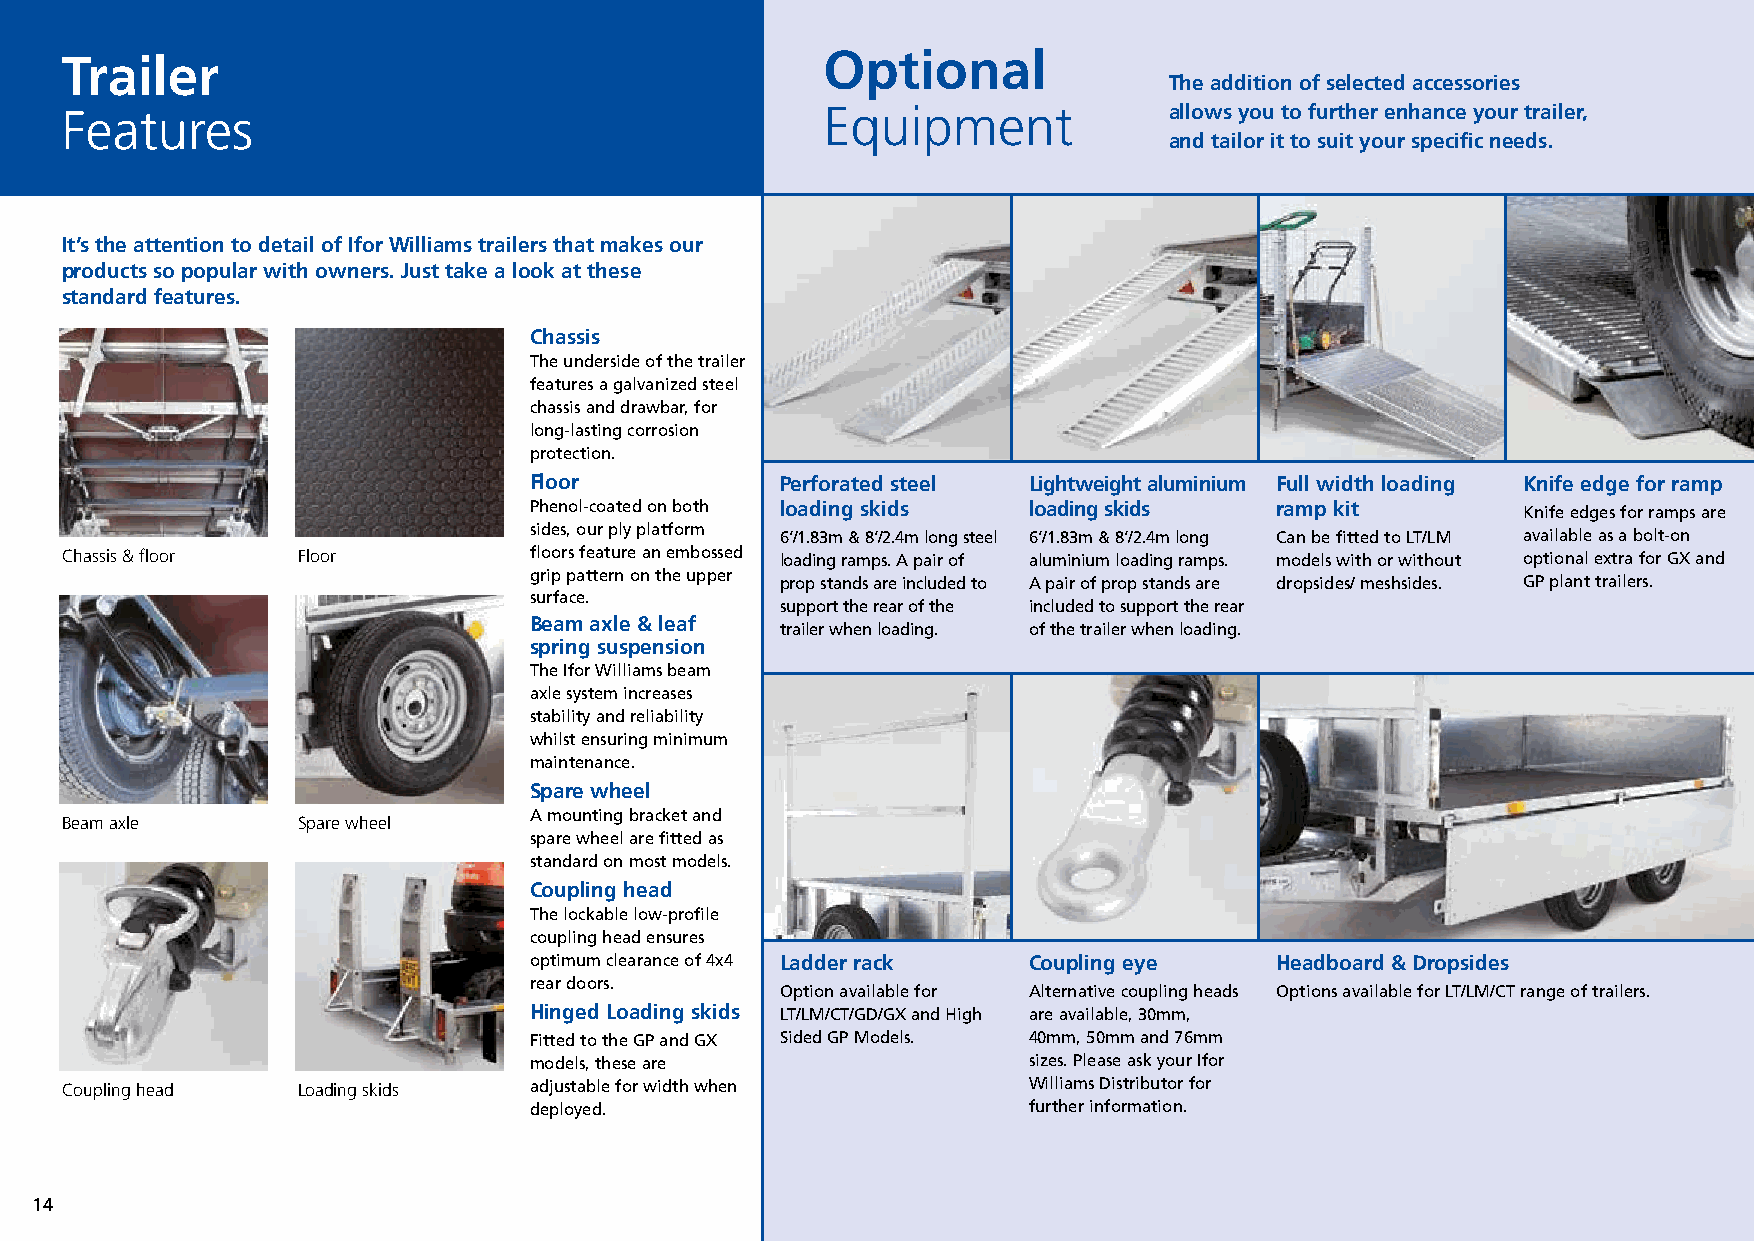
Commercial Brochure 04_12 21/12/15 13:00 Page 14
 Optional
 Trailer
 The addition of selected accessories
 Features                                           Equipment             allows you to further enhance your trailer,
 and tailor it to suit your specific needs.
 It’s the attention to detail of Ifor Williams trailers that makes our
 products so popular with owners. Just take a look at these
 standard features.
 Chassis
 The underside of the trailer
 features a galvanized steel
 chassis and drawbar, for
 long-lasting corrosion
 protection.
 Floor            Perforated steel Lightweight aluminium Full width loading Knife edge for ramp
 Phenol-coated on both loading skids loading skids ramp kit        Knife edges for ramps are
 sides, our ply platform
 6’/1.83m & 8’/2.4m long steel 6’/1.83m & 8’/2.4m long Can be fitted to LT/LM available as a bolt-on s
 Chassis & floor Floor          floors feature an embossed loading ramps. A pair of aluminium loading ramps. models with or without optional extra for GX and
 grip pattern on the upper
 prop stands are included to A pair of prop stands are dropsides/ meshsides. GP plant trailers. t
 surface.
 support the rear of the included to support the rear
 Beam axle & leaf
 trailer when loading. of the trailer when loading.
 spring suspension
 The Ifor Williams beam
 axle system increases
 stability and reliability
 whilst ensuring minimum
 maintenance.
 Spare wheel
 A mounting bracket and
 Beam axle       Spare wheel
 spare wheel are fitted as
 standard on most models.
 Coupling head
 The lockable low-profile
 coupling head ensures
 optimum clearance of 4x4 Ladder rack Coupling eye Headboard & Dropsides
 rear doors.
 Option available for Alternative coupling heads Options available for LT/LM/CT range of trailers. A
 Hinged Loading skids LT/LM/CT/GD/GX and High are available, 30mm,
 Fitted to the GP and GX Sided GP Models. 40mm, 50mm and 76mm
 models, these are                sizes. Please ask your Ifor
 Coupling head   Loading skids  adjustable for width when        Williams Distributor for
 deployed.                        further information.
 14